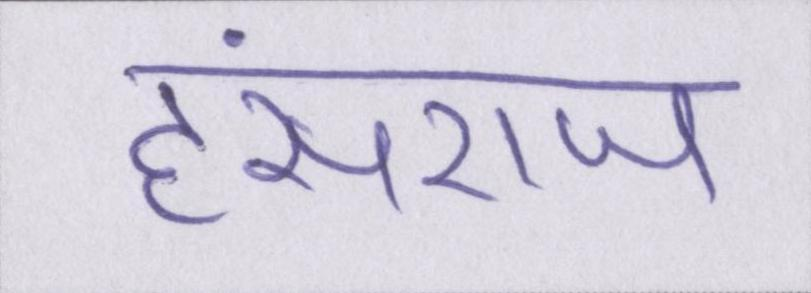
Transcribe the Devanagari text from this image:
हंसराज